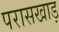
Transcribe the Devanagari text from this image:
परासखाड़